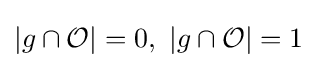
|g\cap {\mathcal {O}}|=0,\ |g\cap {\mathcal {O}}|=1